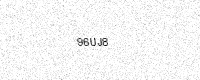
Text: 96UJ8